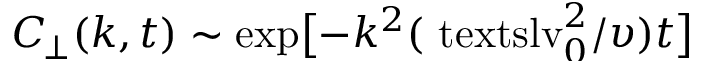
\ensuremath { C _ { \! \! \: \perp } } ( k , t ) \sim \smash { \exp \bigl [ - k ^ { 2 } ( \ensuremath { \mathrm { \ t e x t s l { v } } _ { 0 } } ^ { 2 } / \upsilon ) t \bigr ] }